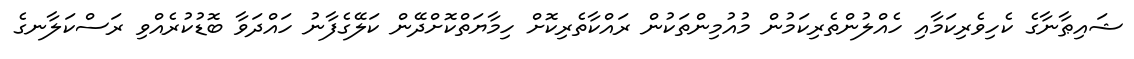
ޝައިޠާނާގެ ކެހިވެރިކަމާއި ހެއްލުންތެރިކަމުން މުއުމިންތަކުން ރައްކާތެރިކޮށް ހިމާޔަތްކޮށްދޭން ކަލޭގެފާނު ހައްދަވާ ބޮޑުކުރެއްވި ރަސްކަލާނގެ